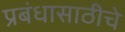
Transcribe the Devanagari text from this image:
प्रबंधासाठीचे